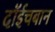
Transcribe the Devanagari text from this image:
दॉईचबान